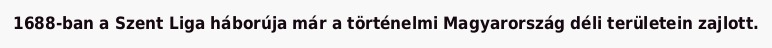
1688-ban a Szent Liga háborúja már a történelmi Magyarország déli területein zajlott.